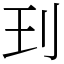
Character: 㺫